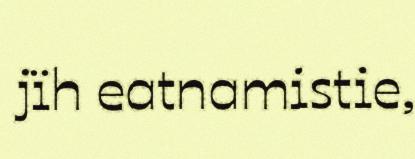
jïh eatnamistie,